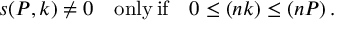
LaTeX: s ( P , k ) \neq 0 \quad \mathrm { o n l y \, i f } \quad 0 \leq ( n k ) \leq ( n P ) \, .